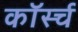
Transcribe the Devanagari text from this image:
कॉर्स्च